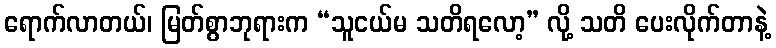
ရောက်လာတယ်၊ မြတ်စွာဘုရားက “သူငယ်မ သတိရလော့” လို့ သတိ ပေးလိုက်တာနဲ့